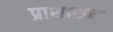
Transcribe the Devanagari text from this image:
प्राशासन